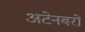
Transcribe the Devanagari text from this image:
अटेनबरो